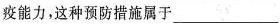
疫能力，这种预防措施属于___